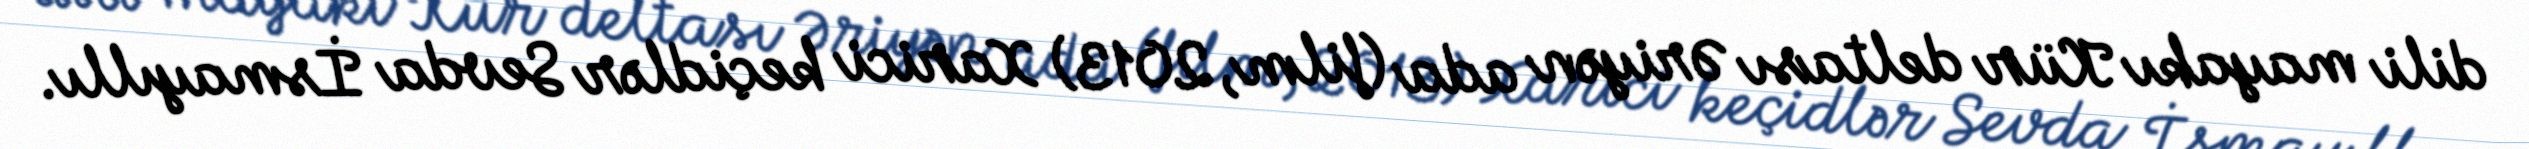
dili mayakı Kür deltası Əriyən ada (film, 2013) Xarici keçidlər Sevda İsmayıllı.